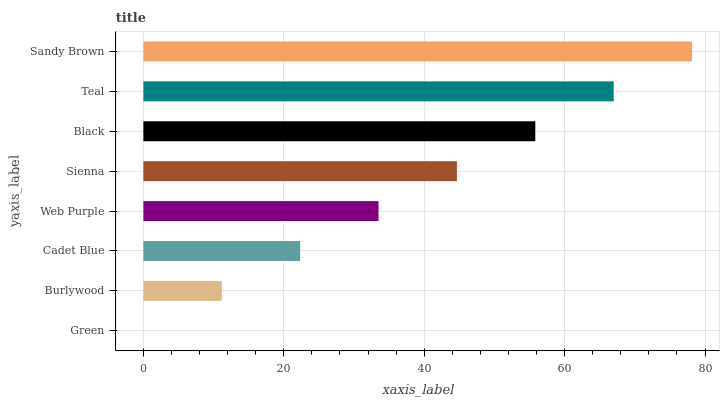
| yaxis_label | bars |
 | --- | --- |
 | Green | 0 |
 | Burlywood | 11.2 |
 | Cadet Blue | 22.3 |
 | Web Purple | 33.5 |
 | Sienna | 44.7 |
 | Black | 55.8 |
 | Teal | 67 |
 | Sandy Brown | 78.2 |